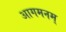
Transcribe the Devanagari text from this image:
आगमनम्